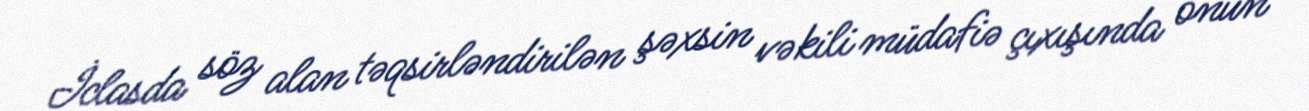
İclasda söz alan təqsirləndirilən şəxsin vəkili müdafiə çıxışında onun